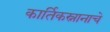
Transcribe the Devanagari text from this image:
कार्तिकस्नानाचे